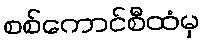
စစ်ကောင်စီထံမှ